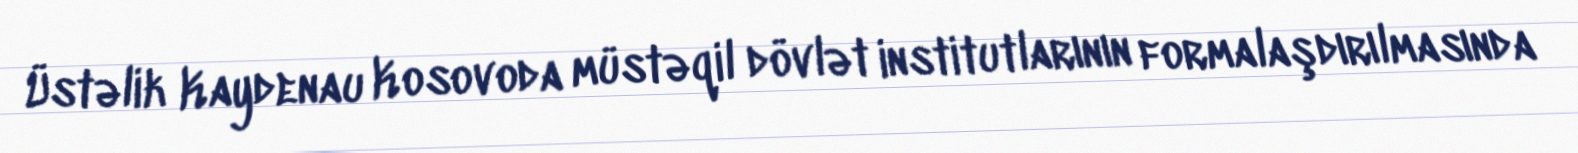
Üstəlik Kaydenau Kosovoda müstəqil dövlət institutlarının formalaşdırılmasında